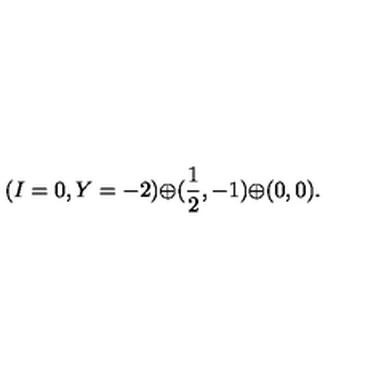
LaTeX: ( I = 0 , Y = - 2 ) { \oplus } ( \frac { 1 } { 2 } , - 1 ) { \oplus } ( 0 , 0 ) .